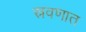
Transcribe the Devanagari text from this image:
स्रवणात